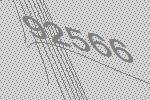
92566